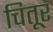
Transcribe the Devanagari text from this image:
चितूर